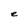
Character: e